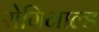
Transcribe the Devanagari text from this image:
रोगिनाल्ड